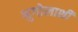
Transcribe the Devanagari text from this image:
भुगोलाशी